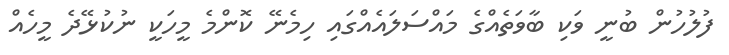
ފުލުހުން ބުނީ ވަކި ބާވަތެއްގެ މައްސަލައެއްގައި ހިމެނޭ ކޮންމެ މީހަކީ ނުކުޅޭދެ މީހެއް